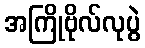
အကြိုဗိုလ်လုပွဲ